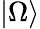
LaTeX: |\Omega\rangle